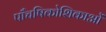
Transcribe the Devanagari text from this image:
पाँचषिकोशिकाओं